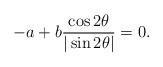
LaTeX: \begin{align*}-a+b\frac{\cos 2\theta}{|\sin 2\theta|}=0.\end{align*}